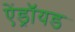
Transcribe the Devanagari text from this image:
ऐंड्रॉयड